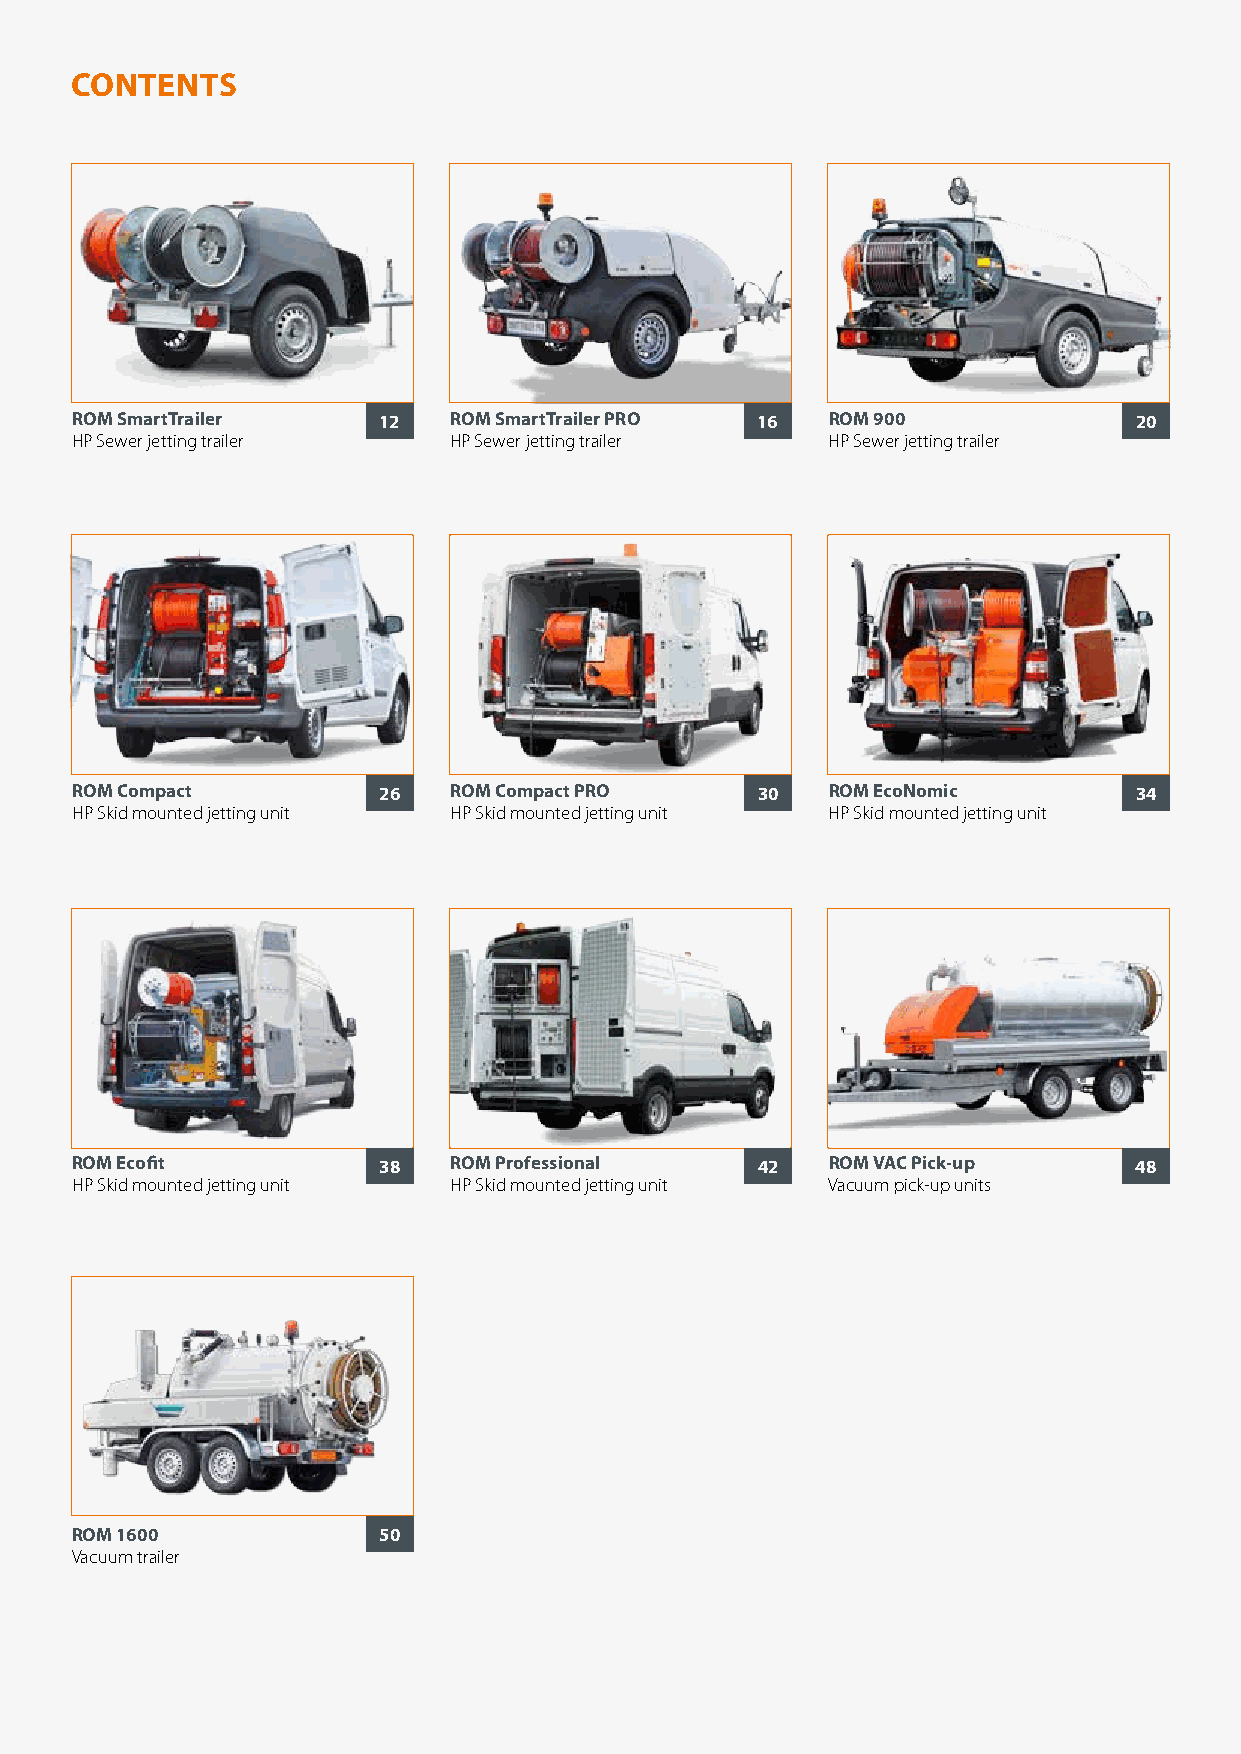
CONTENTS
 ROM SmartTrailer    12   ROM SmartTrailer PRO 16  ROM 900             20
 HP Sewer jetting trailer HP Sewer jetting trailer HP Sewer jetting trailer
 ROM Compact         26   ROM Compact PRO     30   ROM EcoNomic        34
 HP Skid mounted jetting unit HP Skid mounted jetting unit HP Skid mounted jetting unit
 ROM Ecofit          38   ROM Professional    42   ROM VAC Pick-up     48
 HP Skid mounted jetting unit HP Skid mounted jetting unit Vacuum pick-up units
 ROM 1600            50
 Vacuum trailer
 4 ROM bv